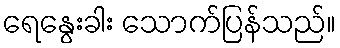
ရေနွေးခါး သောက်ပြန်သည်။